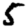
Digit: 5